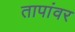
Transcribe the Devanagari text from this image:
तापांवर